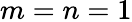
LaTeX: m=n=1